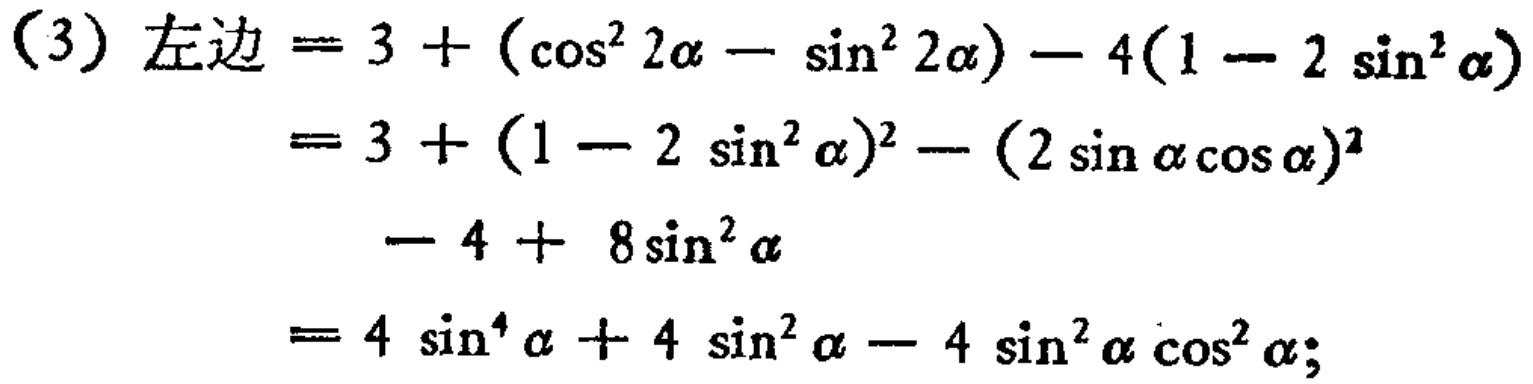
(3) 左边$=3+(\cos^{2}2\alpha-\sin^{2}2\alpha)-4(1 - 2\sin^{2}\alpha)$
$=3+(1 - 2\sin^{2}\alpha)^{2}-(2\sin\alpha\cos\alpha)^{2}$
$\ \ \ \ -4 + 8\sin^{2}\alpha$
$=4\sin^{4}\alpha+4\sin^{2}\alpha-4\sin^{2}\alpha\cos^{2}\alpha;$